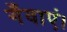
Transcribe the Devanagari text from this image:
गँवाएं।